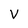
Character: V